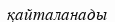
қайталанады